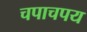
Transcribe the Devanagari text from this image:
चपाचपय